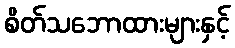
စိတ်သဘောထားများနှင့်